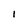
Character: 1